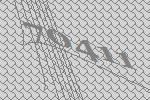
70411